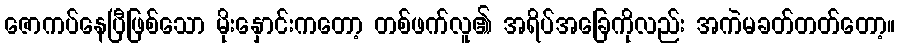
ဇောကပ်နေပြီဖြစ်သော မိုးနှောင်းကတော့ တစ်ဖက်လူ၏ အရိပ်အခြေကိုလည်း အကဲမခတ်တတ်တော့။